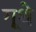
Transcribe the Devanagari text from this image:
गूथे